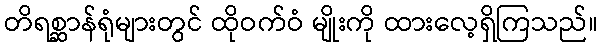
တိရစ္ဆာန်ရုံများတွင် ထိုဝက်ဝံ မျိုးကို ထားလေ့ရှိကြသည်။